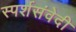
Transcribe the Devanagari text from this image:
स्पर्शसंवेदी